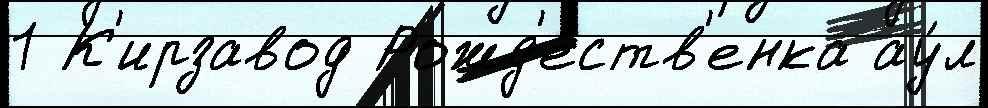
1 К'ирзавод Рожд'еств'енка ау́л